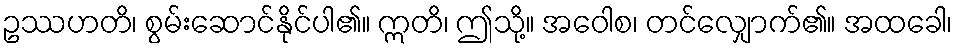
ဥဿဟတိ၊ စွမ်းဆောင်နိုင်ပါ၏။ ဣတိ၊ ဤသို့။ အဝေါစ၊ တင်လျှောက်၏။ အထခေါ၊